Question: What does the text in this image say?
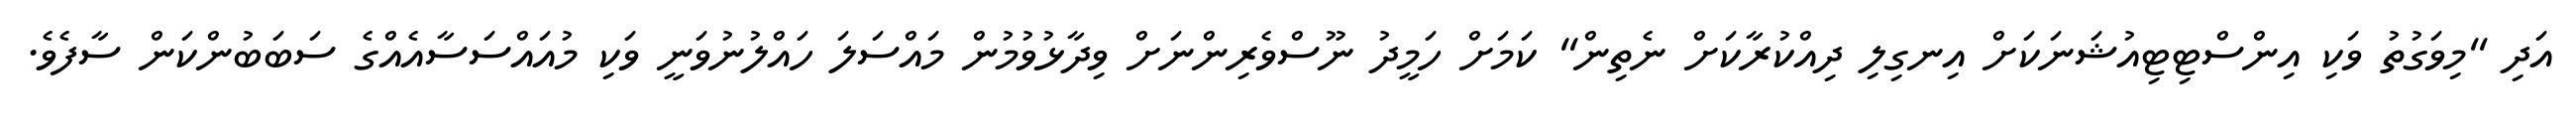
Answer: އަދި "މިވަގުތު ވަކި އިންސްޓިޓިއުޝަނަކަށް އިނގިލި ދިއްކުރާކަށް ނެތިން" ކަމަށް ހަމީދު ނޫސްވެރިންނަށް ވިދާޅުވުމުން މައްސަލަ ހައްލުނުވަނީ ވަކި މުއައްސަސާއެއްގެ ސަބަބުންކަން ސާފެވެ.